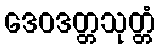
ဒေဝဒတ္တသုတ္တံ